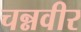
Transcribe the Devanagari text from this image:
चन्नवीर